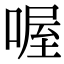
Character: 喔